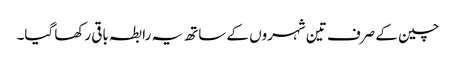
چین کے صرف تین شہروں کے ساتھ یہ رابطہ باقی رکھا گیا۔